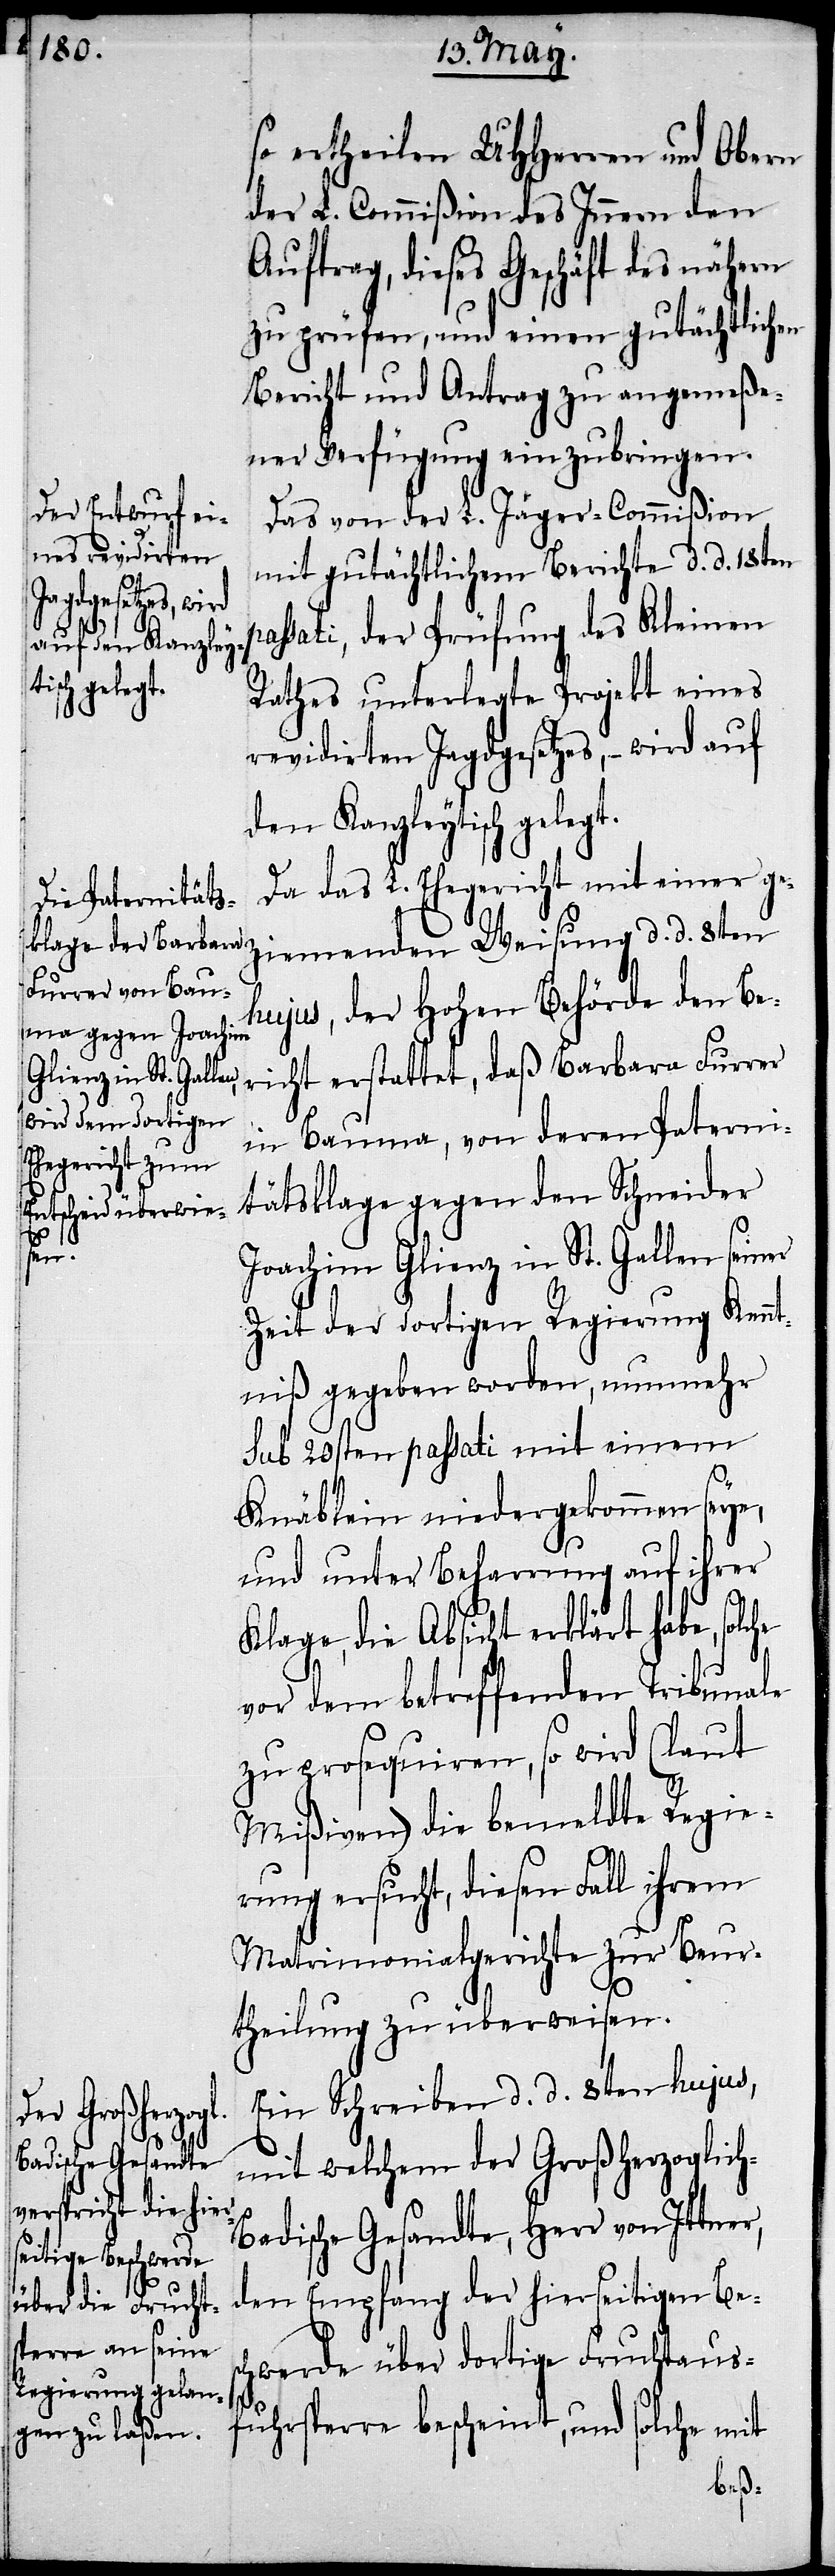
h-B¬

so ertheilen UHHerren und Obern
der L. Commißion des Innern den
Auftrag, dieses Geschäft des nähern
zu prüfen, und einen gutächtlichen
Bericht und Antrag zu angemeße¬
ner Verfügung einzubringen.
Das von der L. Jäger-Commißion
mit gutächtlichem Berichte d. d. 18ten
assati, der Prüfung des Kleinen
Rathes unterlegte Projekt eines
revidirten Jagdgesetzes, – wird auf
den Kanzleytisch gelegt.
Da das L. Ehegericht mit einer ge¬
ziemenden Weisung d. d. 8ten
hujus, der Hohen Behörde den Be¬
richt erstattet, daß Barbara Furrer
in Bauma, von deren Paterni¬
tätsklage gegen den Schneider
Joachim Glienz in St. Gallen seiner
Zeit der dortigen Regierung Kennt¬
niß gegeben worden, nunmehr
sub 20sten passati mit einem
Knäblein niedergekommen seye,
und unter Bemerkung auf ihrer
Klage, die Absicht erklärt habe, solc¬
vor dem betreffenden Tribunale
zu prosequiren, so wird (laut
Mißiven) die bemeldte Regie¬
rung ersucht, diesen Fall ihrem
Matrimonialgerichte zur Beur¬
theilung zu überweisen.
Ein Schreiben d. d. 8ten hujus,
mit welchem der Großherzoglic¬
adische Gesandte, Herr von Ittner,
dem Empfang der hierseitigen Bes¬
chwerde über dortige Fruchtaus¬
fuhrsperre bescheint, und solche mit